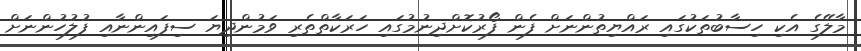
މާލޭގެ އެކި ހިސާބުތަކުގައި ރައްޔިތުންނަށް ފެން ފޯރުކޮށްދިނުމުގައި ހަރަކާތްތެރި ވަމުންދިޔަ ސިފައިންނާއި ފުލުހުންނަށް